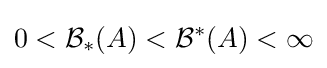
0<{\mathcal {B}}_{*}(A)<{\mathcal {B}}^{*}(A)<\infty